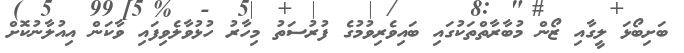
ބަށިބޯޅަ ލީގާއި ޒޯން މުބާރާތްތަކުގައި ބައިވެރިވުމުގެ ފުރުސަތު މިހާރު ހުޅުވާލެވިފައި ވާކަން އިއުލާނުކޮށް